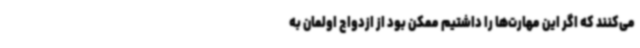
می‌کنند که اگر این مهارت‌ها را داشتیم ممکن بود از ازدواج اولمان به